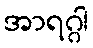
အာရဂ္ဂါ